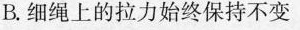
B.细绳上的拉力始终保持不变